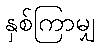
နှစ်ကြာမျှ